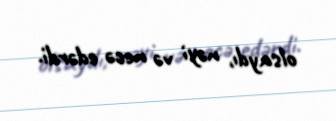
olsaydı, nəyi və necə edərdi.